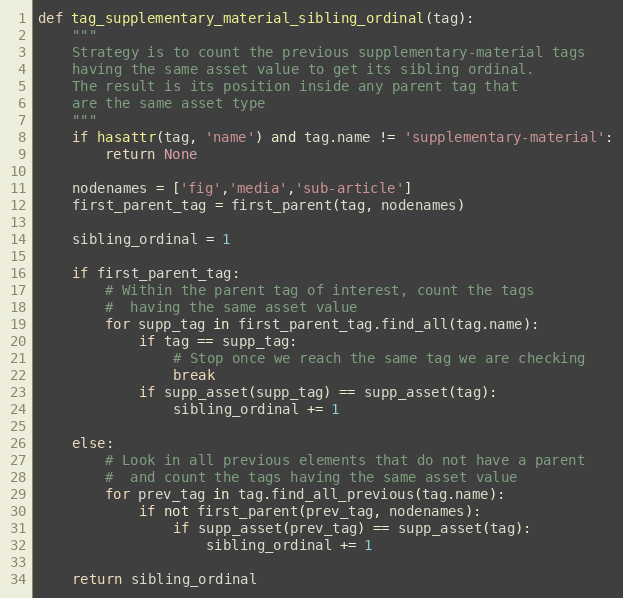
Language: Python
def tag_supplementary_material_sibling_ordinal(tag):
    """
    Strategy is to count the previous supplementary-material tags
    having the same asset value to get its sibling ordinal.
    The result is its position inside any parent tag that
    are the same asset type
    """
    if hasattr(tag, 'name') and tag.name != 'supplementary-material':
        return None

    nodenames = ['fig','media','sub-article']
    first_parent_tag = first_parent(tag, nodenames)

    sibling_ordinal = 1

    if first_parent_tag:
        # Within the parent tag of interest, count the tags
        #  having the same asset value
        for supp_tag in first_parent_tag.find_all(tag.name):
            if tag == supp_tag:
                # Stop once we reach the same tag we are checking
                break
            if supp_asset(supp_tag) == supp_asset(tag):
                sibling_ordinal += 1

    else:
        # Look in all previous elements that do not have a parent
        #  and count the tags having the same asset value
        for prev_tag in tag.find_all_previous(tag.name):
            if not first_parent(prev_tag, nodenames):
                if supp_asset(prev_tag) == supp_asset(tag):
                    sibling_ordinal += 1

    return sibling_ordinal